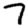
Digit: 7